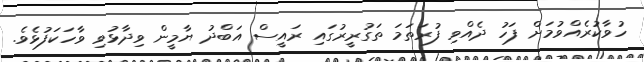
ހުވާކުރެއްވުމަށް ފަހު ދެއްވި ފުރަތަމަ ތަގުރީރުގައި ރައީސް އަބްދު ޔާމީން ވިދާޅުވި ވާހަކަފުޅެވެ.